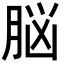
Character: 脳